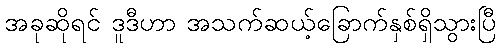
အခုဆိုရင် ဒူဒီဟာ အသက်ဆယ့်ခြောက်နှစ်ရှိသွားပြီ